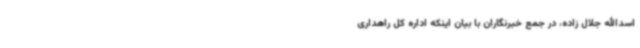
اسدالله جلال زاده، در جمع خبرنگاران با بیان اینکه اداره کل راهداری